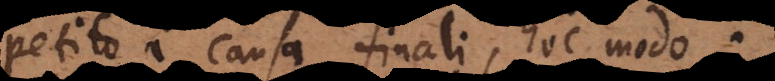
petito a causa finali, hoc modo: